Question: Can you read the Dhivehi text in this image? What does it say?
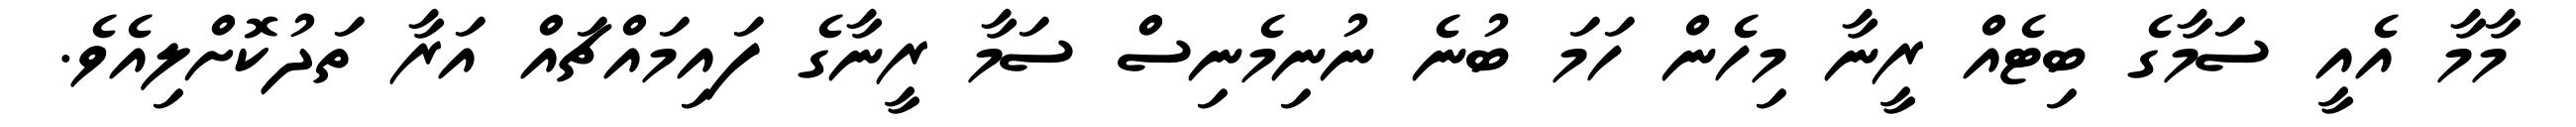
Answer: މާމާ އެއީ ސަމާގެ ބިޓެއް ރީނާ މިހެން ހަމަ ބުނެ ނުނިމެނިސް ސަމާ ރީނާގެ ފައިމައްޗައް އަރާ ތަދުކޮށްލިއެވެ.